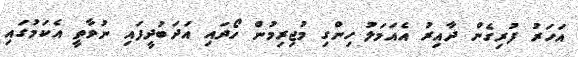
އަހަރު ފުރިގެން ދާއިރު އެއަމަލު ހިންގި މުޖިރިމުން ހޯދައި އަދަބުދީފައި ނުވާތީ އެކަމުގައި